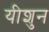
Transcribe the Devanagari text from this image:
यीशुन